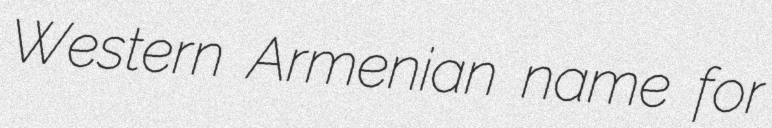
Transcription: Western Armenian name for